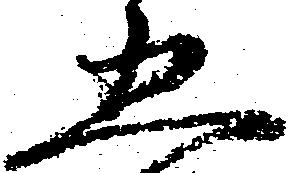
五